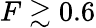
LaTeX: F\gtrsim 0.6